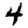
Digit: 4